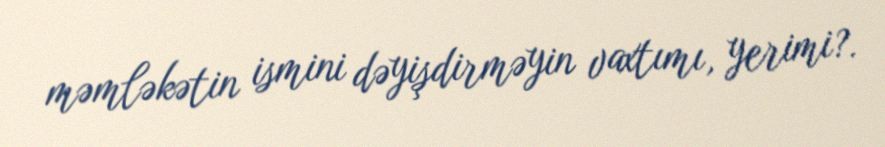
məmləkətin ismini dəyişdirməyin vaxtımı, yerimi?.